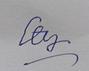
Signature authenticity: forged